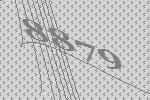
8879